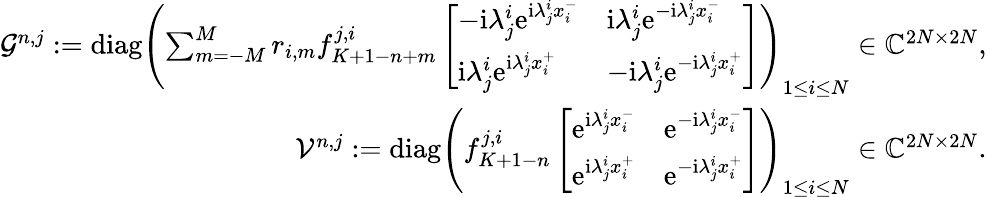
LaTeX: \begin{array}{r}{\mathcal{G}^{n,j}:=\mathrm{diag}\left(\sum_{m=-M}^{M}r_{i,m}f_{K+1-n+m}^{j,i}\left[\begin{array}{ll}{-\mathrm{i}\lambda_{j}^{i}\mathrm{e}^{\mathrm{i}\lambda_{j}^{i}x_{i}^{-}}}&{\mathrm{i}\lambda_{j}^{i}\mathrm{e}^{-\mathrm{i}\lambda_{j}^{i}x_{i}^{-}}}\\ {\mathrm{i}\lambda_{j}^{i}\mathrm{e}^{\mathrm{i}\lambda_{j}^{i}x_{i}^{+}}}&{-\mathrm{i}\lambda_{j}^{i}\mathrm{e}^{-\mathrm{i}\lambda_{j}^{i}x_{i}^{+}}}\end{array}\right]\right)_{1\leq i\leq N}\in\mathbb{C}^{2N\times 2N},}\\ {\mathcal{V}^{n,j}:=\mathrm{diag}\left(f_{K+1-n}^{j,i}\left[\begin{array}{ll}{\mathrm{e}^{\mathrm{i}\lambda_{j}^{i}x_{i}^{-}}}&{\mathrm{e}^{-\mathrm{i}\lambda_{j}^{i}x_{i}^{-}}}\\ {\mathrm{e}^{\mathrm{i}\lambda_{j}^{i}x_{i}^{+}}}&{\mathrm{e}^{-\mathrm{i}\lambda_{j}^{i}x_{i}^{+}}}\end{array}\right]\right)_{1\leq i\leq N}\in\mathbb{C}^{2N\times 2N}.}\end{array}